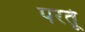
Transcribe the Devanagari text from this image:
परतूं